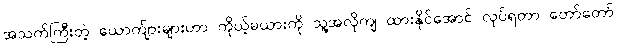
အသက်ကြီးတဲ့ ယောက်ျားများဟာ ကိုယ့်မယားကို သူ့အလိုကျ ထားနိုင်အောင် လုပ်ရတာ တော်တော်